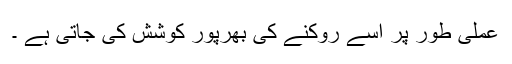
عملی طور پر اسے روکنے کی بھرپور کوشش کی جاتی ہے ۔